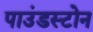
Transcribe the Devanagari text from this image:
पाउंडस्टोन